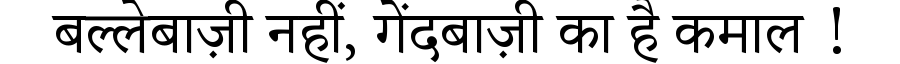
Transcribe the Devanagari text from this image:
बल्लेबाज़ी नहीं, गेंदबाज़ी का है कमाल !